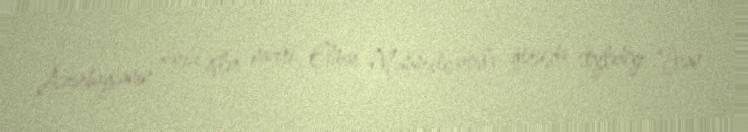
Azərbaycanın xarici işlər naziri Elmar Məmmədyarovla görüşdə söylədiyi “İran